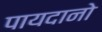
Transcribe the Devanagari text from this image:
पायदानो